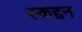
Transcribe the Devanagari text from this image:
स्कद्दन